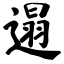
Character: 遢